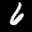
Label: 6